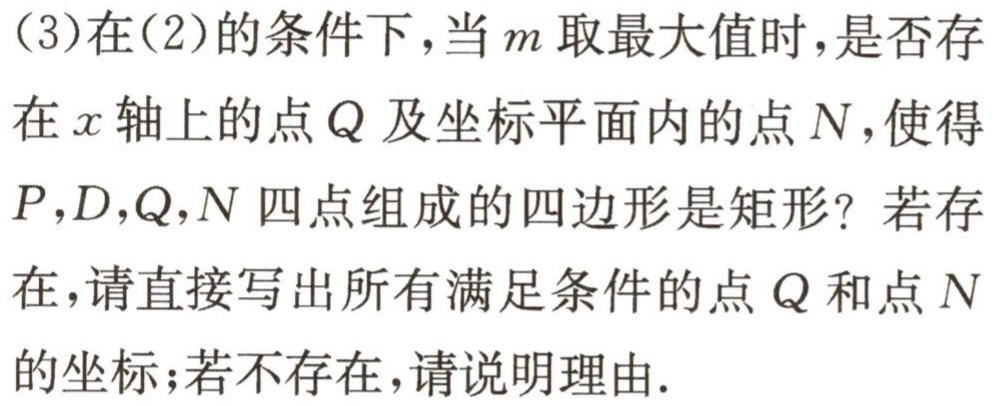
(3)在(2)的条件下，当\(m\)取最大值时，是否存在\(x\)轴上的点\(Q\)及坐标平面内的点\(N\)，使得\(P,D,Q,N\)四点组成的四边形是矩形？若存在，请直接写出所有满足条件的点\(Q\)和点\(N\)的坐标；若不存在，请说明理由.